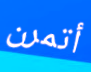
أتمرن